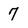
Character: 7